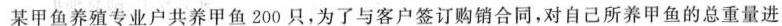
某甲鱼养殖专业户共养甲鱼200只，为了与客户签订购销合同，对自己所养甲鱼的总重量进